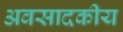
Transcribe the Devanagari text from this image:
अवसादकीय